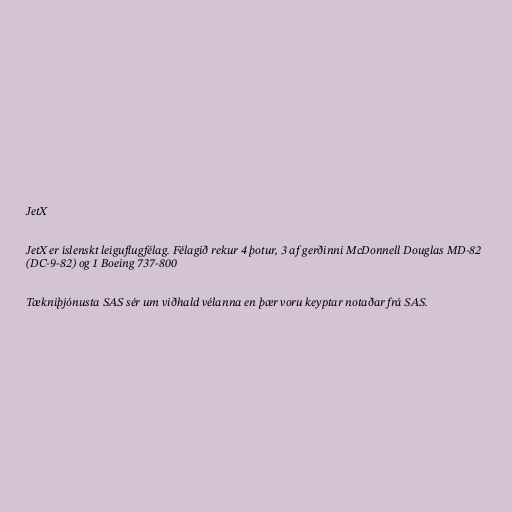
JetX

JetX er íslenskt leiguflugfélag. Félagið rekur 4 þotur, 3 af gerðinni McDonnell Douglas MD-82
(DC-9-82) og 1 Boeing 737-800

Tækniþjónusta SAS sér um viðhald vélanna en þær voru keyptar notaðar frá SAS.